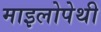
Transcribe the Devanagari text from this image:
माइलोपेथी